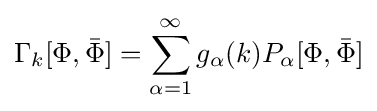
\Gamma _{k}[\Phi ,{\bar {\Phi }}]=\sum \limits _{\alpha =1}^{\infty }g_{\alpha }(k)P_{\alpha }[\Phi ,{\bar {\Phi }}]